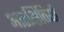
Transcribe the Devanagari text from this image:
आरक्षितियों